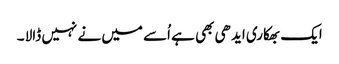
ایک بھکاری ایدھی بھی ہے اُسے میں نے نہیں ڈالا ۔